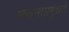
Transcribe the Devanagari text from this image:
भजनाप्रमुन्नते